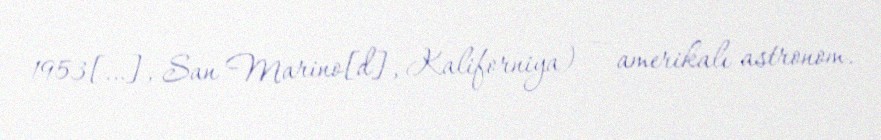
1953[…], San Marino[d], Kaliforniya) — amerikalı astronom.